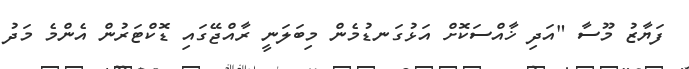
ފަޔާޒު މޫސާ "އަދި ޚާއްސަކޮށް އަޅުގަނޑުމެން މިބަލަނީ ރާއްޖޭގައި ޑޮކްޓަރުން އެންމެ މަދު